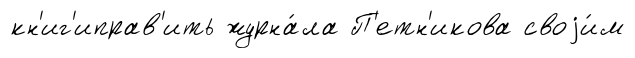
кн'иг'иправ'ить журна́ла П'етн'икова своjи́м